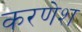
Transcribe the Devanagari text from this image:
करणेश